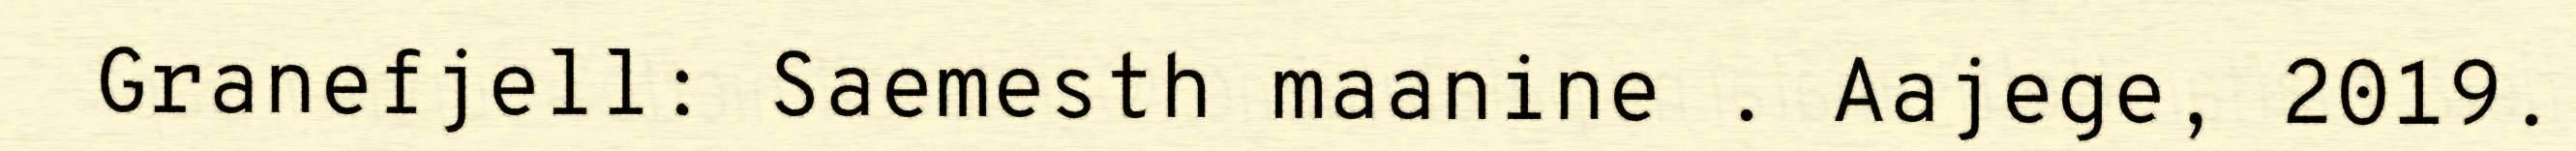
Granefjell: Saemesth maanine . Aajege, 2019.